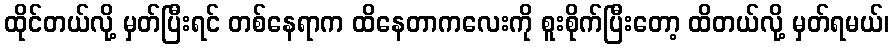
ထိုင်တယ်လို့ မှတ်ပြီးရင် တစ်နေရာက ထိနေတာကလေးကို စူးစိုက်ပြီးတော့ ထိတယ်လို့ မှတ်ရမယ်၊